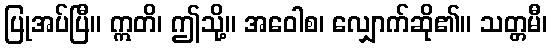
ပြုအပ်ပြီ။ ဣတိ၊ ဤသို့။ အဝေါစ၊ လျှောက်ဆို၏။ သတ္တမီ၊